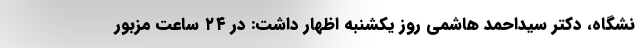
نشگاه، دکتر سیداحمد هاشمی روز یکشنبه اظهار داشت: در ۲۴ ساعت مزبور